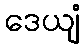
ဒေယျံ